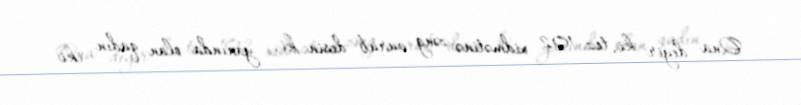
Ona deyir ki, tez 102 xidmətinə zəng vurub desin ki, yanında olan qadın iki